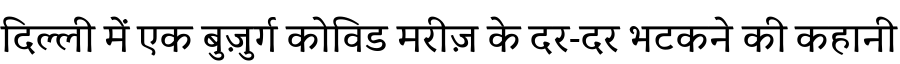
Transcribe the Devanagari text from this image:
दिल्ली में एक बुज़ुर्ग कोविड मरीज़ के दर-दर भटकने की कहानी